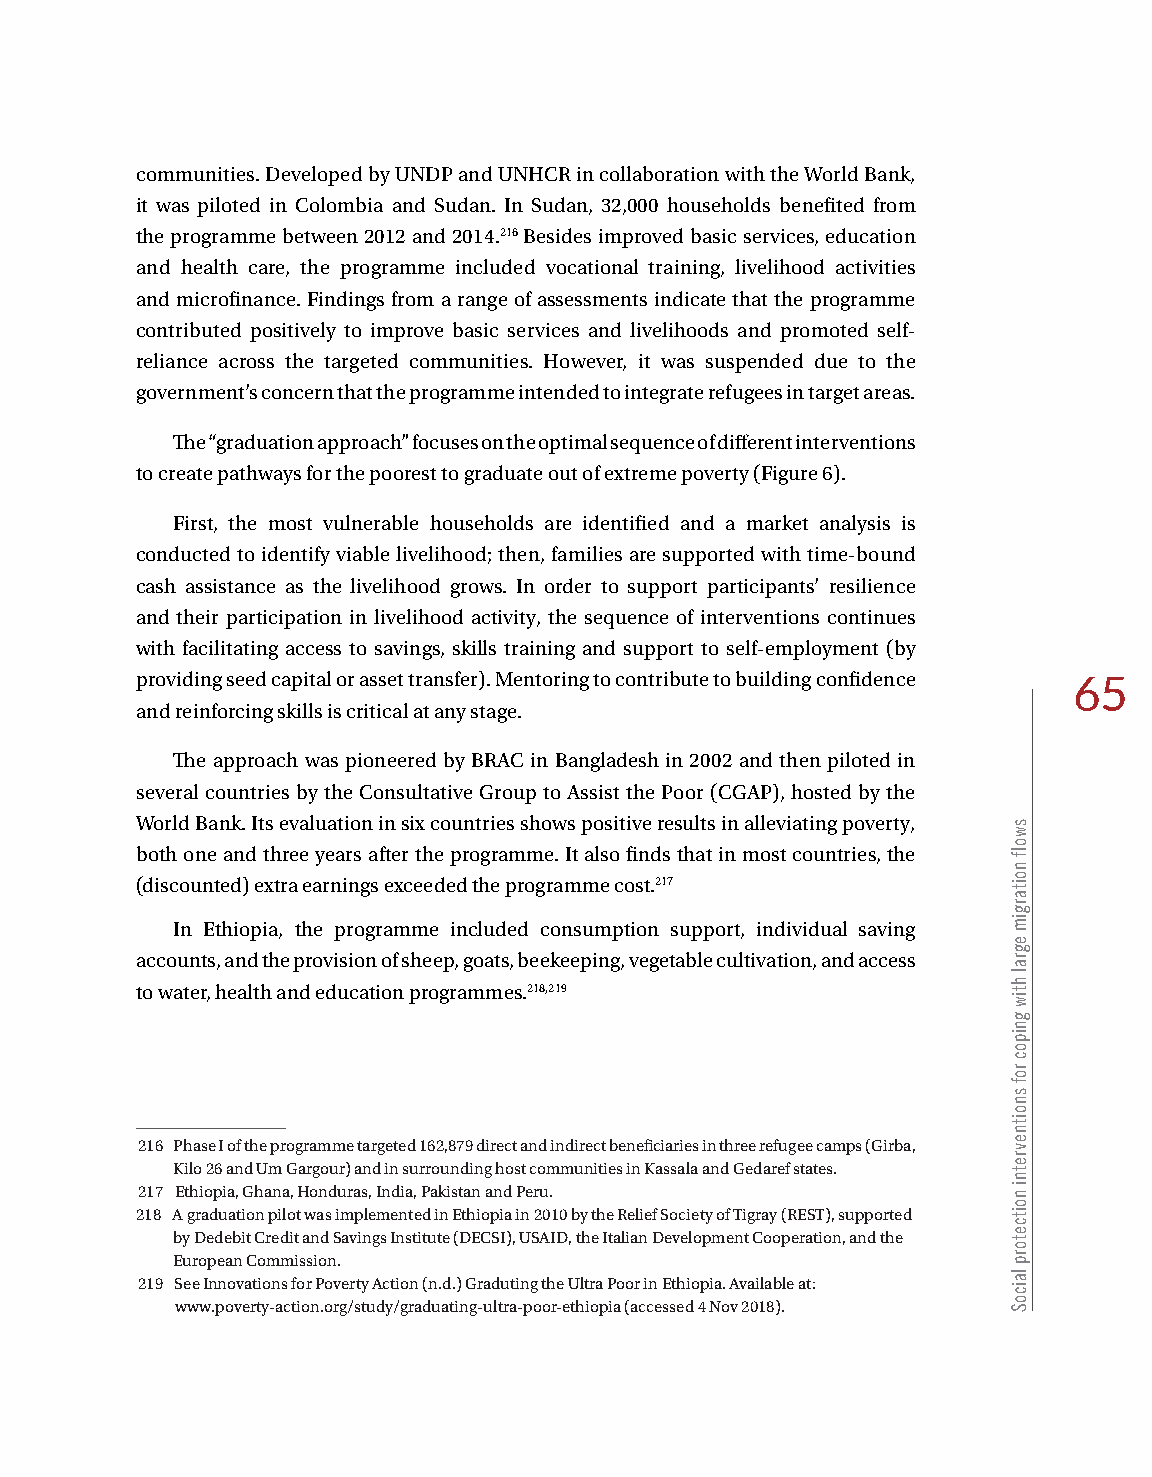
communities. Developed by UNDP and UNHCR in collaboration with the World Bank,
 it was piloted in Colombia and Sudan. In Sudan, 32,000 households benefited from
 the programme between 2012 and 2014.216 Besides improved basic services, education
 and health care, the programme included vocational training, livelihood activities
 and microfinance. Findings from a range of assessments indicate that the programme
 contributed positively to improve basic services and livelihoods and promoted self-
 reliance across the targeted communities. However, it was suspended due to the
 government’s concern that the programme intended to integrate refugees in target areas.
 The “graduation approach” focuses on the optimal sequence of different interventions
 to create pathways for the poorest to graduate out of extreme poverty (Figure 6).
 First, the most vulnerable households are identified and a market analysis is
 conducted to identify viable livelihood; then, families are supported with time-bound
 cash assistance as the livelihood grows. In order to support participants’ resilience
 and their participation in livelihood activity, the sequence of interventions continues
 with facilitating access to savings, skills training and support to self-employment (by
 providing seed capital or asset transfer). Mentoring to contribute to building confidence 65
 and reinforcing skills is critical at any stage.
 The approach was pioneered by BRAC in Bangladesh in 2002 and then piloted in
 several countries by the Consultative Group to Assist the Poor (CGAP), hosted by the
 World Bank. Its evaluation in six countries shows positive results in alleviating poverty,
 both one and three years after the programme. It also finds that in most countries, the
 (discounted) extra earnings exceeded the programme cost.217
 In Ethiopia, the programme included consumption support, individual saving
 accounts, and the provision of sheep, goats, beekeeping, vegetable cultivation, and access
 to water, health and education programmes.218,219
 216 Phase I of the programme targeted 162,879 direct and indirect beneficiaries in three refugee camps (Girba,
 Kilo 26 and Um Gargour) and in surrounding host communities in Kassala and Gedaref states.
 217 Ethiopia, Ghana, Honduras, India, Pakistan and Peru.
 218 A graduation pilot was implemented in Ethiopia in 2010 by the Relief Society of Tigray (REST), supported
 by Dedebit Credit and Savings Institute (DECSI), USAID, the Italian Development Cooperation, and the
 European Commission.
 219 See Innovations for Poverty Action (n.d.) Graduting the Ultra Poor in Ethiopia. Available at:
 www.poverty-action.org/study/graduating-ultra-poor-ethiopia (accessed 4 Nov 2018).
 swolf
 noitargim
 egral
 htiw
 gnipoc
 rof
 snoitnevretni
 noitcetorp
 laicoS